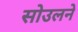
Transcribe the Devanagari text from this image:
सोउलने